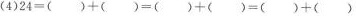
(4)24=()+()=()+()=()+()